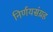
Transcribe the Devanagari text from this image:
निर्णयसंग्रह